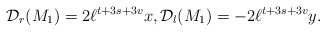
\begin{align*}\mathcal{D}_r(M_1)=2 \ell^{t+3s+3v}x, \mathcal{D}_l(M_1)=-2 \ell^{t+3s+3v} y.\end{align*}